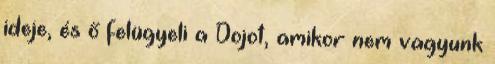
ideje, és ő felügyeli a Dojot, amikor nem vagyunk